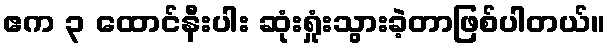
ဧက ၃ ထောင်နီးပါး ဆုံးရှုံးသွားခဲ့တာဖြစ်ပါတယ်။